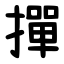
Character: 撣